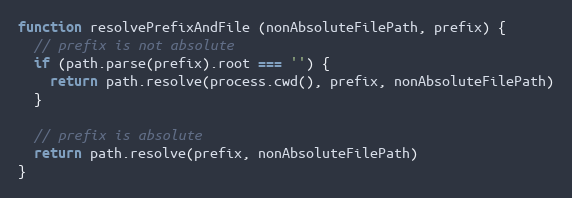
Language: JavaScript
function resolvePrefixAndFile (nonAbsoluteFilePath, prefix) {
  // prefix is not absolute
  if (path.parse(prefix).root === '') {
    return path.resolve(process.cwd(), prefix, nonAbsoluteFilePath)
  }

  // prefix is absolute
  return path.resolve(prefix, nonAbsoluteFilePath)
}